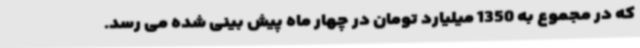
که در مجموع به 1350 میلیارد تومان در چهار ماه پیش بینی شده می رسد.